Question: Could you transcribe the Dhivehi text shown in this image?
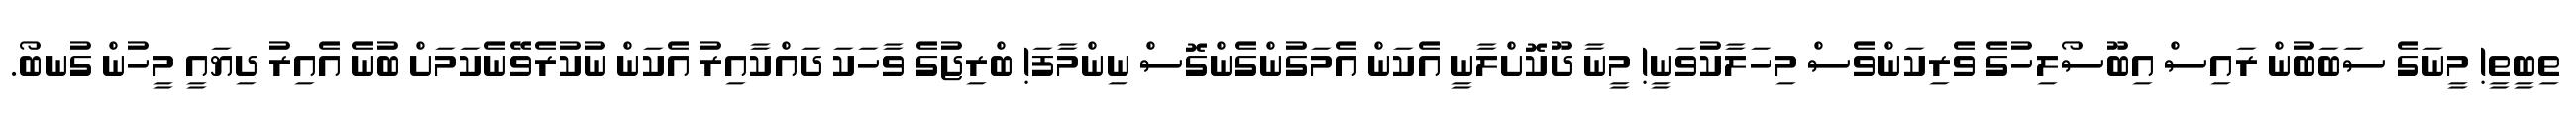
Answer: ތިބީތީ! މީނަގެ ސަބަބުން ރައިސް އިބޫސޯލިހުގެ ވެރިކަންވެސް މިހަލާކުވަނީ! މީނާ ދޫކޮށްލާނީ އެކަން އެމަގުންގެންގޮސް ނިންމާފަ! ބްރިޖުގެ ވާހަކަ ދައްކާއިރު އެކަން ނުކުރެވޭނެކަމަށް ބުނެ އެއިރު ދިޔައީ މީހުން ގުނބޯ.